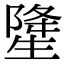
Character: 𤯲